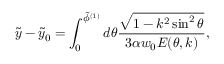
\tilde { y } - \tilde { y } _ { 0 } = \int _ { 0 } ^ { \tilde { \phi } ^ { ( 1 ) } } d \theta { \frac { \sqrt { 1 - k ^ { 2 } \sin ^ { 2 } \theta } } { 3 \alpha w _ { 0 } E ( \theta , k ) } } ,